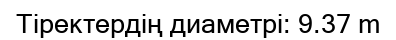
Тіректердің диаметрі: 9.37 m